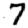
Digit: 7